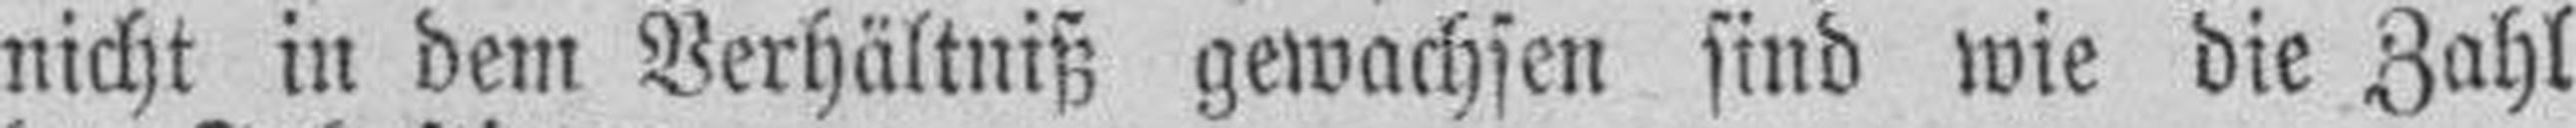
nicht in dem Verhältniß gewachsen sind wie die Zahl